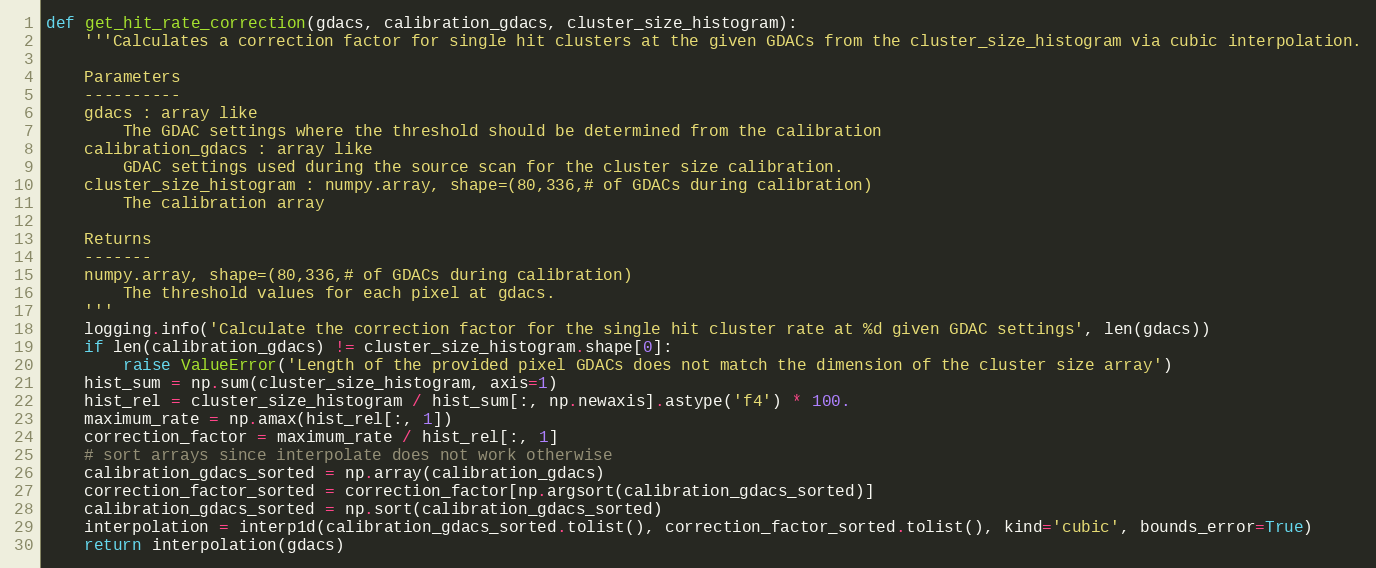
Language: Python
def get_hit_rate_correction(gdacs, calibration_gdacs, cluster_size_histogram):
    '''Calculates a correction factor for single hit clusters at the given GDACs from the cluster_size_histogram via cubic interpolation.

    Parameters
    ----------
    gdacs : array like
        The GDAC settings where the threshold should be determined from the calibration
    calibration_gdacs : array like
        GDAC settings used during the source scan for the cluster size calibration.
    cluster_size_histogram : numpy.array, shape=(80,336,# of GDACs during calibration)
        The calibration array

    Returns
    -------
    numpy.array, shape=(80,336,# of GDACs during calibration)
        The threshold values for each pixel at gdacs.
    '''
    logging.info('Calculate the correction factor for the single hit cluster rate at %d given GDAC settings', len(gdacs))
    if len(calibration_gdacs) != cluster_size_histogram.shape[0]:
        raise ValueError('Length of the provided pixel GDACs does not match the dimension of the cluster size array')
    hist_sum = np.sum(cluster_size_histogram, axis=1)
    hist_rel = cluster_size_histogram / hist_sum[:, np.newaxis].astype('f4') * 100.
    maximum_rate = np.amax(hist_rel[:, 1])
    correction_factor = maximum_rate / hist_rel[:, 1]
    # sort arrays since interpolate does not work otherwise
    calibration_gdacs_sorted = np.array(calibration_gdacs)
    correction_factor_sorted = correction_factor[np.argsort(calibration_gdacs_sorted)]
    calibration_gdacs_sorted = np.sort(calibration_gdacs_sorted)
    interpolation = interp1d(calibration_gdacs_sorted.tolist(), correction_factor_sorted.tolist(), kind='cubic', bounds_error=True)
    return interpolation(gdacs)